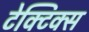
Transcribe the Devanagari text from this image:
टेक्टिक्स